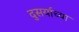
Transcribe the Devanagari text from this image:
दुसर्याच्या